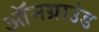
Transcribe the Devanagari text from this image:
ऑनग्राउंड